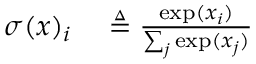
\begin{array} { r l } { \sigma ( x ) _ { i } } & { { } \triangleq \frac { \exp ( x _ { i } ) } { \sum _ { j } \exp ( x _ { j } ) } } \end{array}